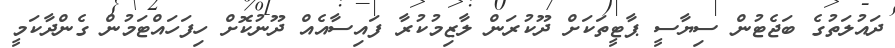
ދައުލަތުގެ ބަޖެޓުން ސިޔާސީ ޕާޓީތަކަށް ދޫކުރަން ލާޒިމުކުރާ ފައިސާއެއް ދޫނުކޮށް ހިފަހައްޓަމުން ގެންދާކަމީ